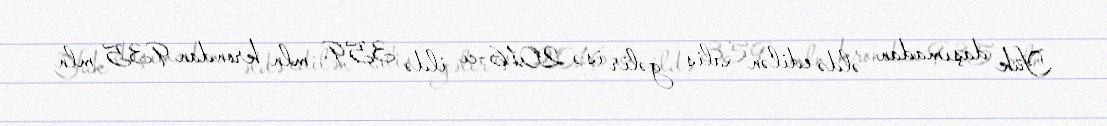
Yük daşımadan əldə edilən xalis gəlir isə 2016-cı ildə 359 mln krondan 935 mln